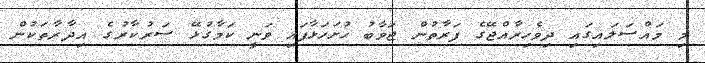
މި މައްސަލައިގައި ދިވެހިރާއްޖޭގެ ފަރާތުން ޖަވާބު ހުށަހަޅާފައި ވަނީ ކަމާގުޅޭ ސަރުކާރުގެ އިދާރާތަކުން